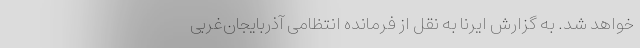
خواهد شد. به گزارش ایرنا به نقل از فرمانده انتظامی آذربایجان‌غربی